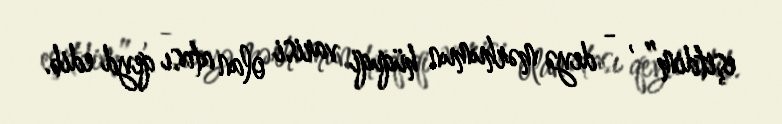
eşitdim” , - deyə mərhumun hüquqi varisi olan atası qeyd edib.